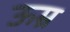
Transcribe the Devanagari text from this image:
ऊम्र